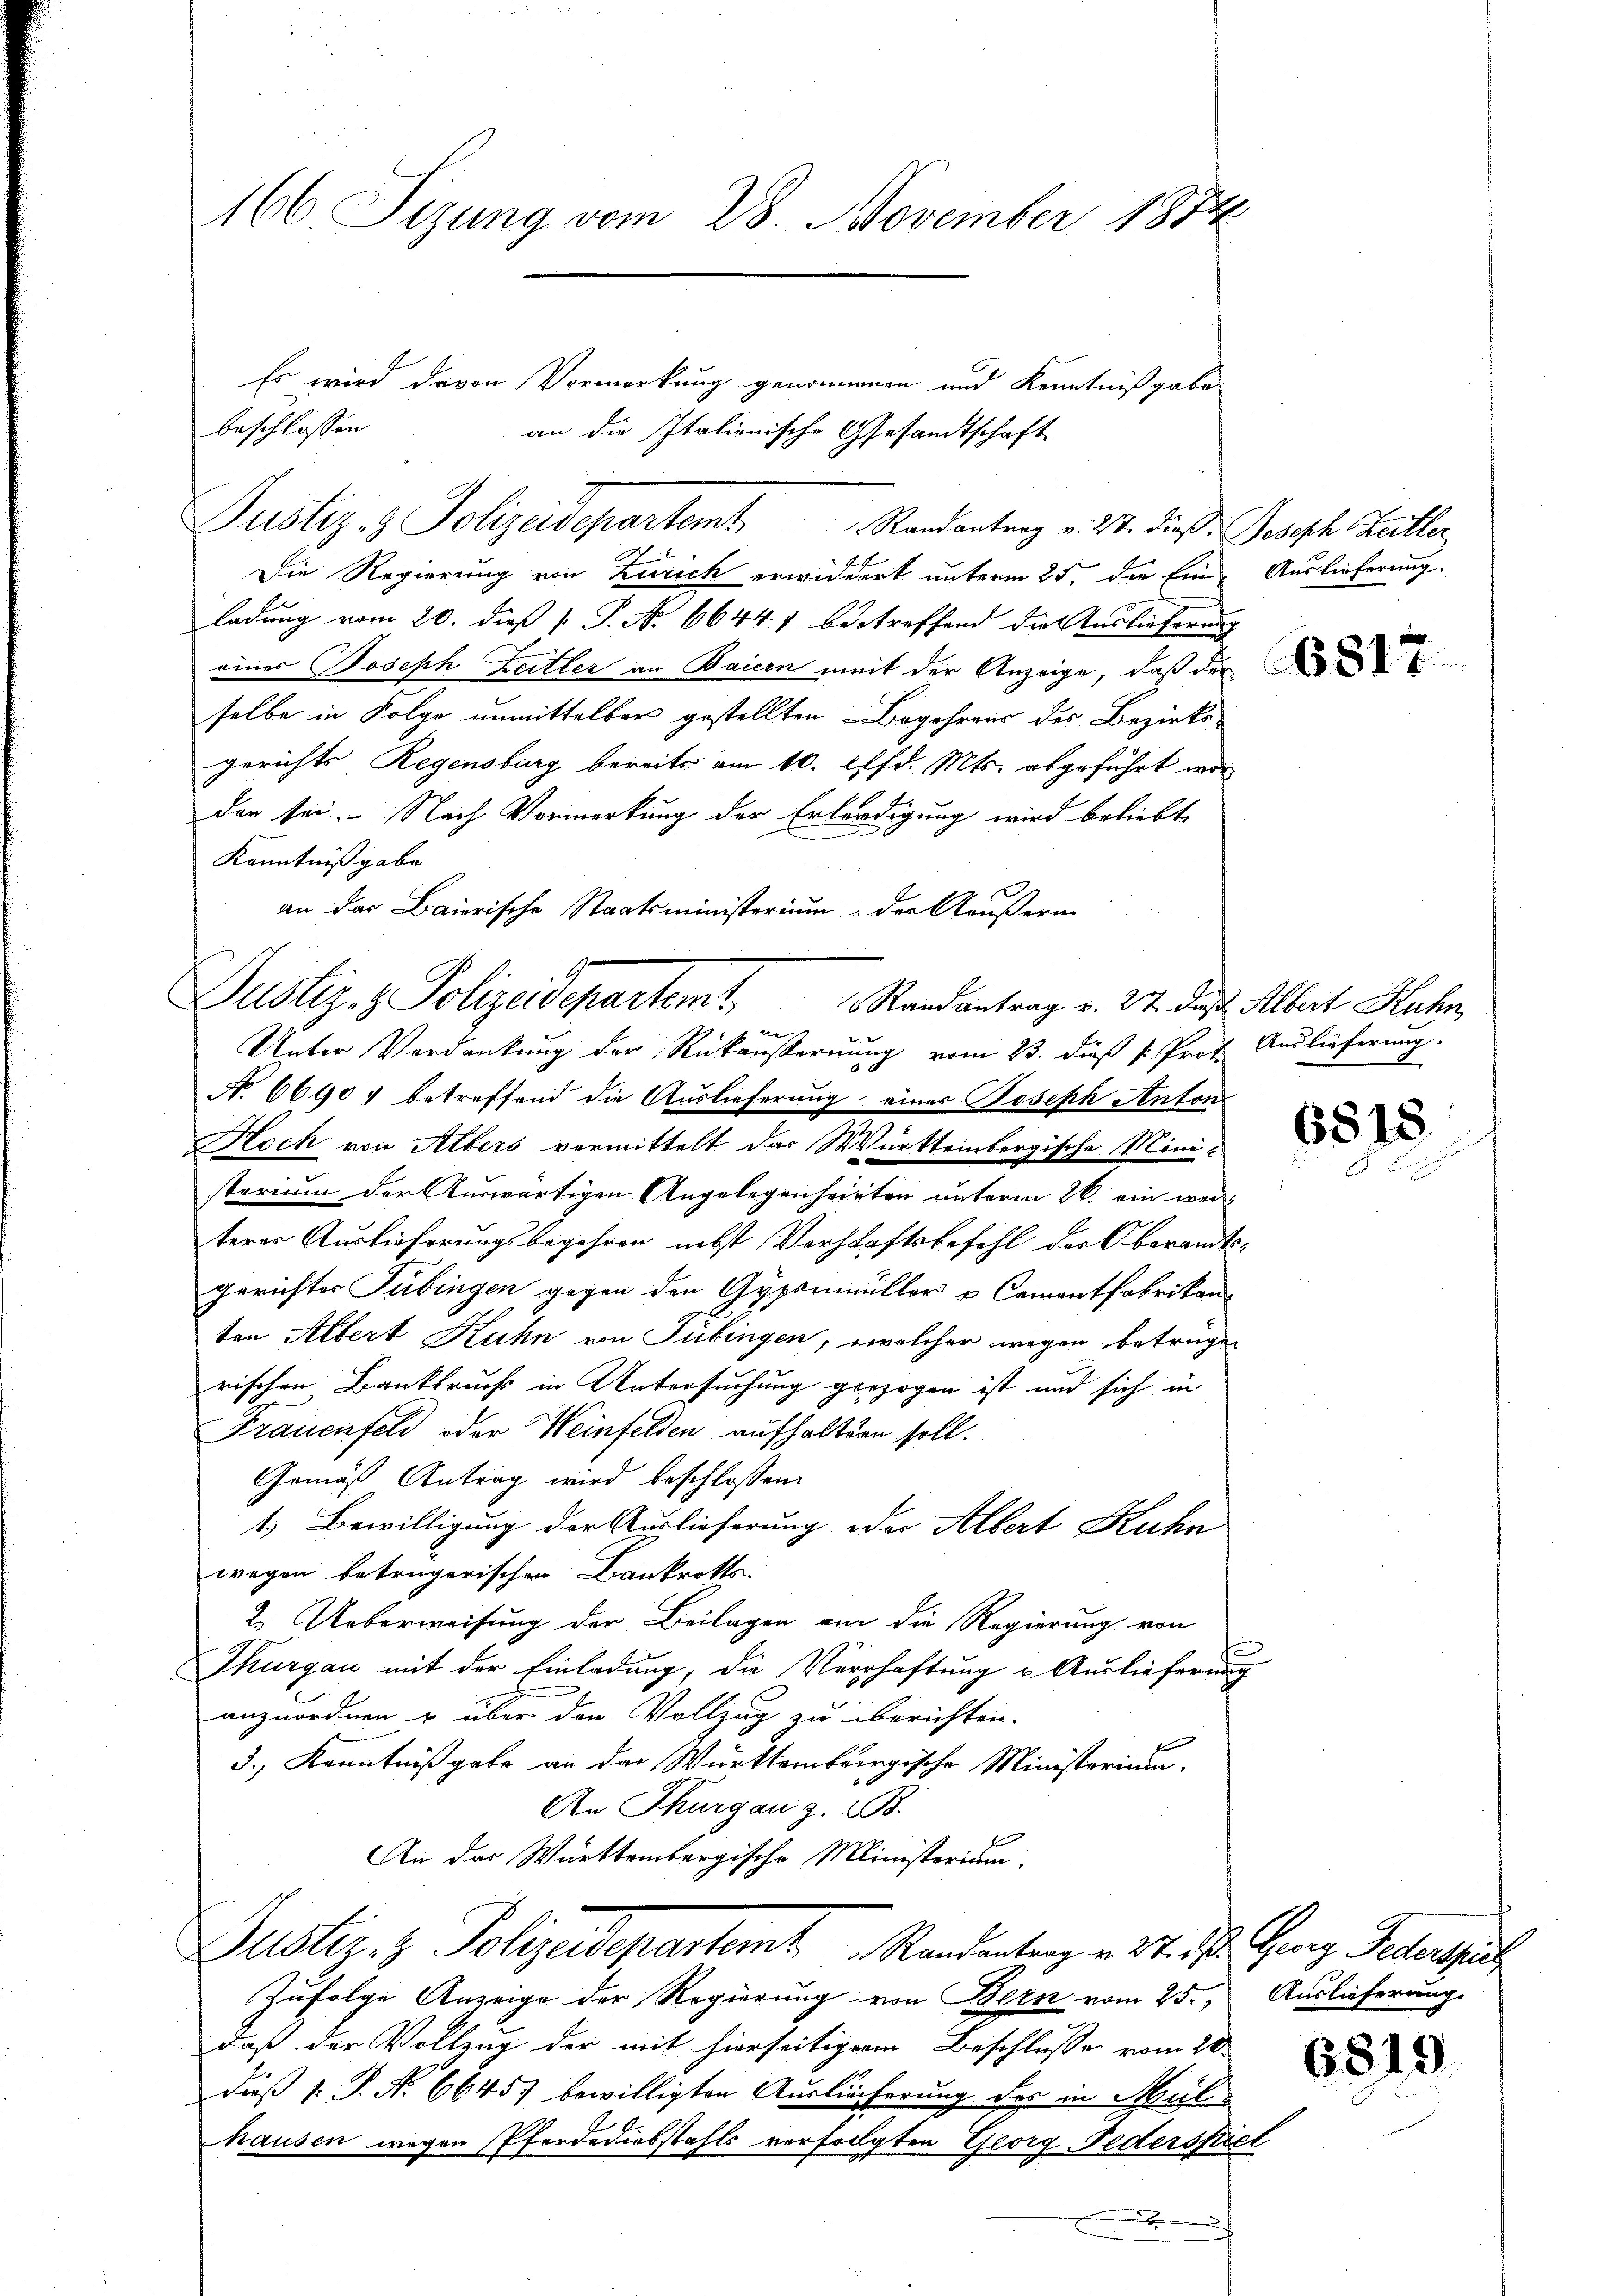
166. Sizung vom 28. November 1874

Es wird davon Vormerkung genommen und Kenntnißgabe
beschlossen
Die Regierung von Zürich erwidert unterm 25. die Ein Auslieferung.
ladung vom 20. dieß P. No. 66447 bestreffend die Auslieferung
einer Joseph Leitler an Baicen weit der Anzeige, daß der
selbe in Folge unmittelbar gestellten Begehrens des Bezirks-
gerichts Regensburg bereits am 10. Pfd. Mts. abgeführt worden sei. Nach Vormerkung der Erlerdigung wird beliebte
Kenntnißgabe.
an das Baierische Staatsministerium der Aeußern
ee
Unter Verdankung der Rückansternung vom 23. dieß k. Prof. Auslieferung
N. 66907 betreffend die Auslieferung eines Joseph Anton
Hoch von Albers vermittelt das Württembergische Ministerium der Auswärtigen Angelegenheirten unterm 26. ein wei-
terer Auslieferungsbegehren nebst Vorschaftsbefehl der Oberandtsgerichter Tübingen gegen den Gypenmüller u Cementfabrikon
ten Albert Kuhn von Tübingen, welcher wegen betrügen
rischen Bankbruchs in Untersuchung gezogen ist und sich in
Frauenfeld oder Weinfelden aufhaltern soll.
Gemäß Antrag wird beschlossen:
1. Bewilligung der Auslieferung oder Albert Kuhn
wegen betrügerischen Bankrotts
2. Ueberweisung der Beilagen am die Regierung von
Thurgau mit der Einladung, die Verhaftung u Auslieferung
anzuordnen u über den Vollzug zu iberichten.
3., Kenntnißgabe an das Württembergische Ministerium.
An Thurgau z. B.
An das Württembergische Ministerium.
Justiz- & Polizeidepartem Randantrag v. M. R. Ganz Petersuch
Zufolge Anzeige der Regierung von Bern vom 25. Auslieferung
daß der Vollzug der mit hierseitiger Beschlusse vom 20.
Dieß 1 S. No 66457 bewilligten Auslieferung der in Mülhausen wegen Pferdediebstahls verfolgten Georg Federspiel

x

an die Italienische Gesandtschaft

Justiz- & Polizeidepartemt Standentrag v. M. dieß Joseph Heiller,

Justiz- & Polizeidepartem Randantrag v. 27. Das Albert Huhr,

6815

d

6819